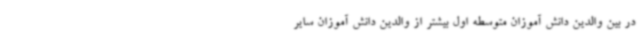
در بین والدین دانش آموزان متوسطه اول بیشتر از والدین دانش آموزان سایر